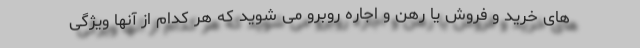
های خرید و فروش یا رهن و اجاره روبرو می شوید که هر کدام از آنها ویژگی